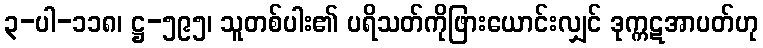
၃-ပါ-၁၁၈၊ ဋ္ဌ-၅၉၅၊ သူတစ်ပါး၏ ပရိသတ်ကိုဖြားယောင်းလျှင် ဒုက္ကဋအာပတ်ဟု